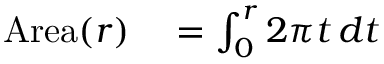
\begin{array} { r l } { \mathrm { A r e a } ( r ) } & { { } { } = \int _ { 0 } ^ { r } 2 \pi t \, d t } \end{array}